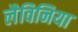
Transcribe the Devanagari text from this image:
लैविनिया